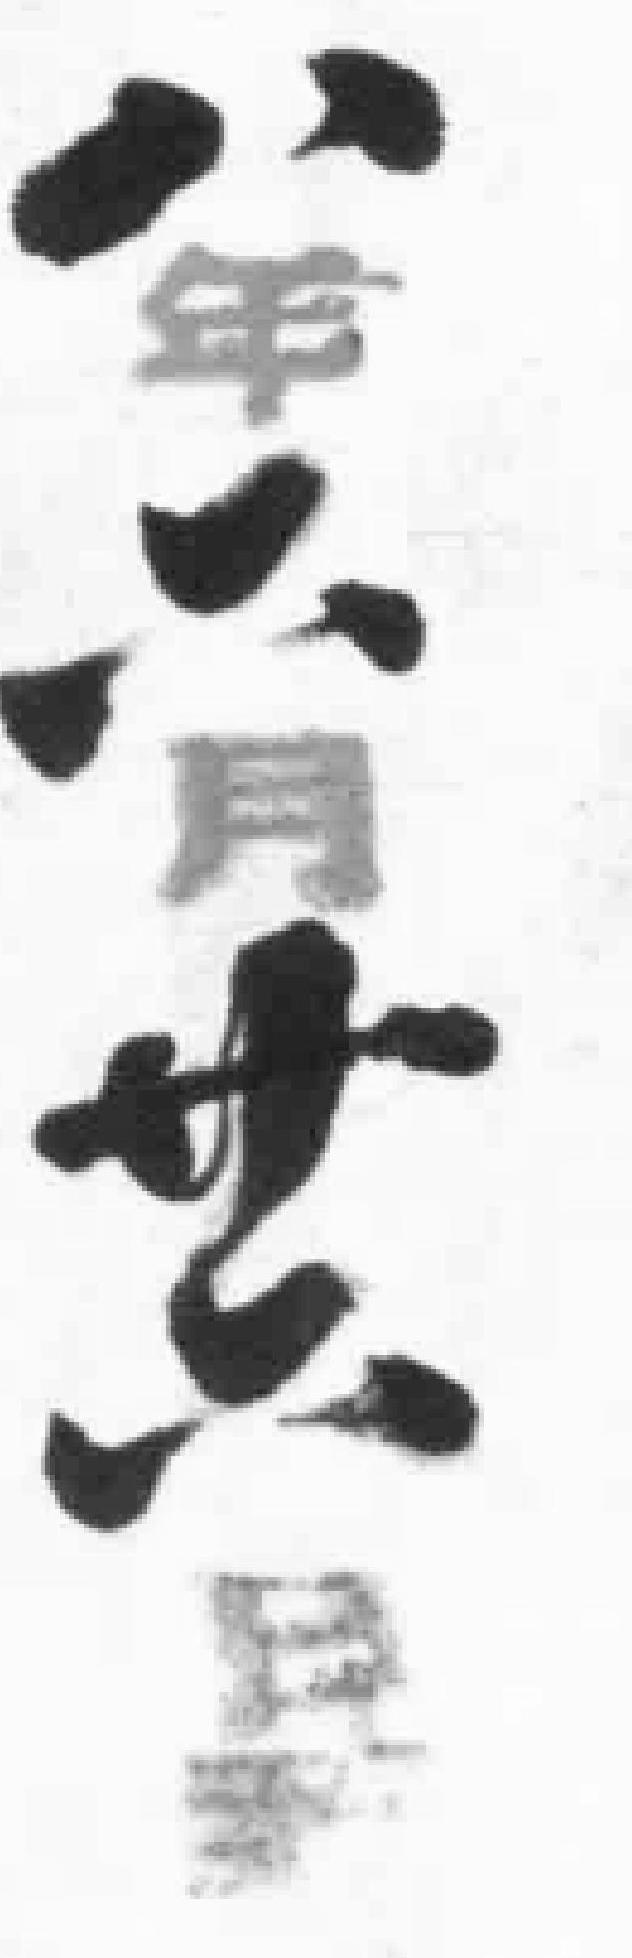
八年*月*